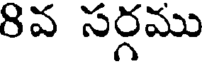
8వ సర్గము